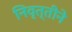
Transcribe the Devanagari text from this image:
निवृत्तीने